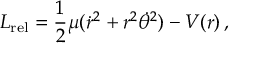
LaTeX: L _ { \mathrm { r e l } } = { \frac { 1 } { 2 } } \mu ( { \dot { r } } ^ { 2 } + r ^ { 2 } { \dot { \theta } } ^ { 2 } ) - V ( r ) \, ,